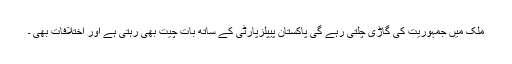
ملک میں جمہوریت کی گاڑی چلتی رہے گی پاکستان پیپلزپارٹی کے ساتھ بات چیت بھی رہتی ہے اور اختلافات بھی ۔